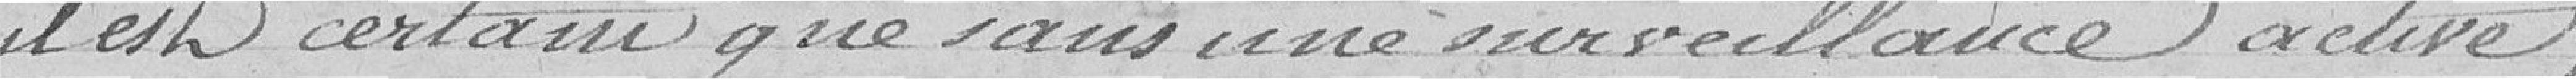
il est certain que sans une surveillance active,